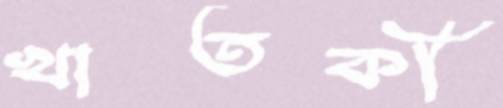
খাতকী